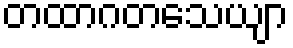
တထာဂတသေယျာ